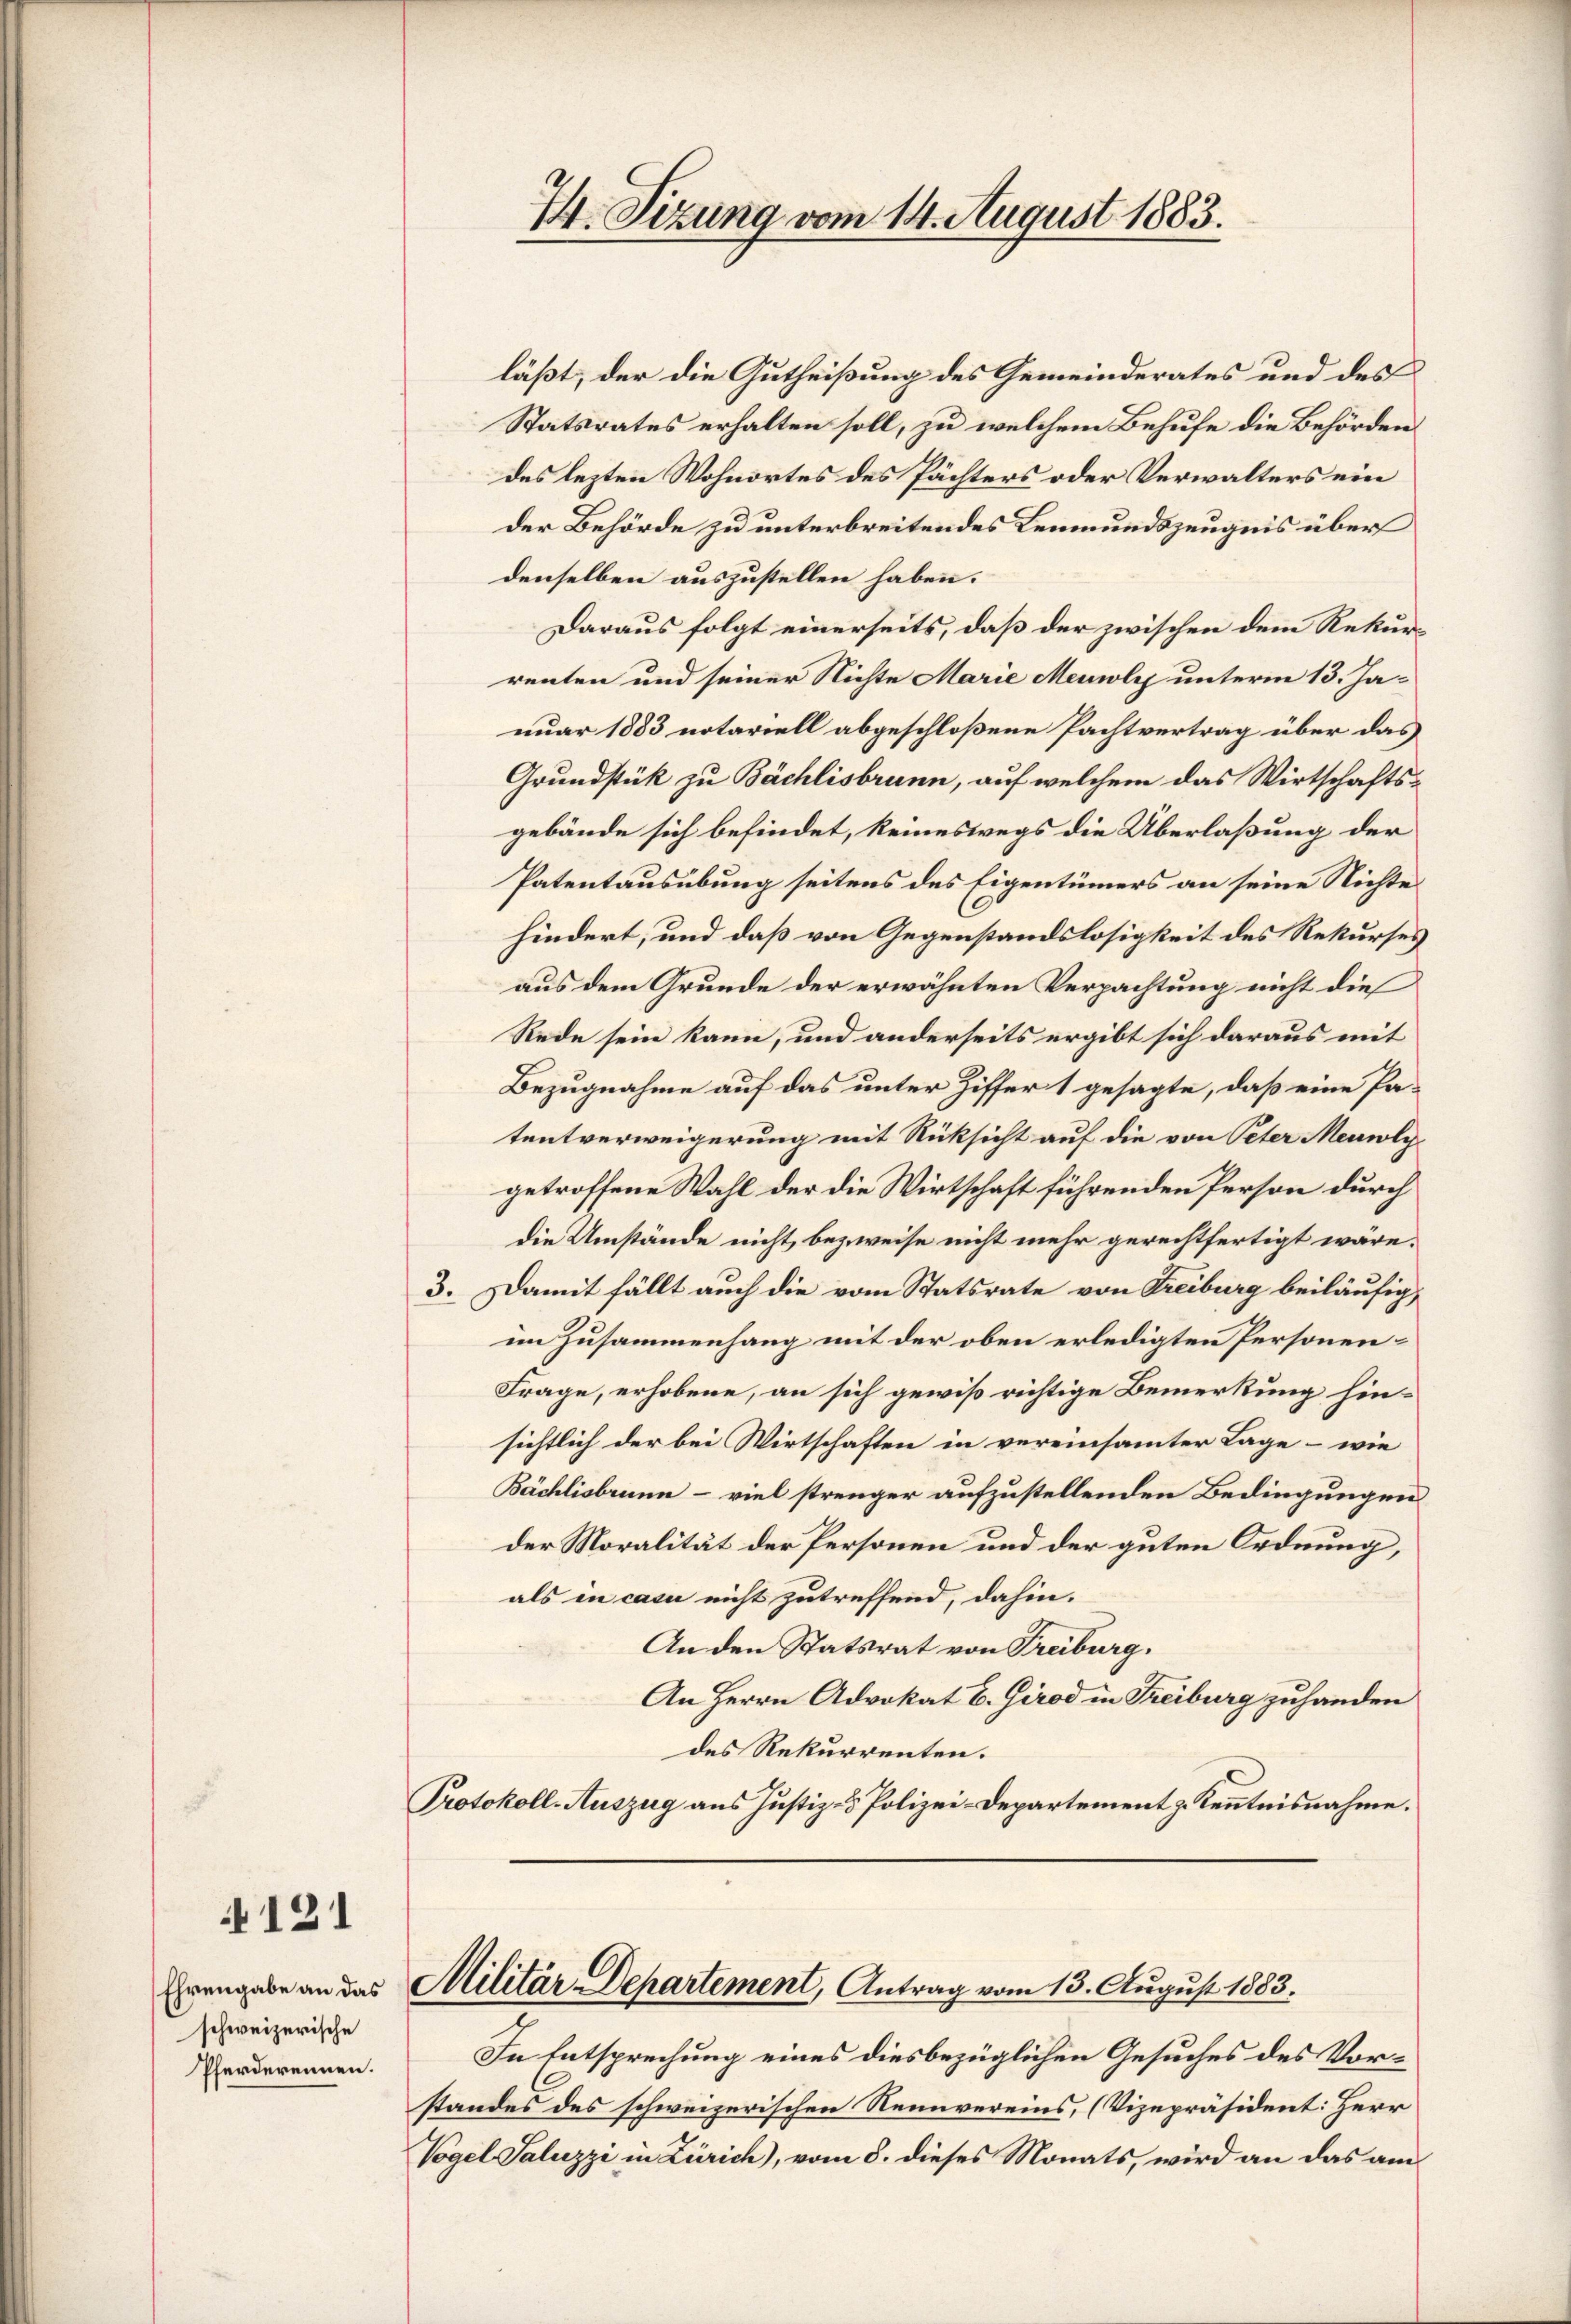
121

Ehrengabe an das
schweizerische
Pferderennen.

4. Sizung vom 14. August 1883.

läßt, der die Gutheißung des Gemeinderates und des
Statsrates erhalten soll, zu welchem Behufe die Behörden.
des lezten Wohnortes des Pächters oder Verwalters ein
der Behörde zu unterbreitendes Leumundszeugnis über
denselben auszustellen haben.
Daraus folgt einerseits, daß der zwischen dem Rekurrenten und seiner Nichte Marie Meile unterm 13. Januar 1883 notariell abgeschloßene Pachtvertrag über das
Grundstük zu Bächlisbrunn, auf welchem das Wirtschaftsgebäude sich befindet, keineswegs die Überlaßung der
Patentausübung seitens des Eigentümers an seine Nichte
hindert, und daß von Gegenstandslosigkeit des Rekurses
aus dem Grunde der erwähnten Verpachtung nicht dies
Rede sein kann, und anderseits ergibt sich daraus mit
Bezugnahme auf das unter Ziffer 1 gesagte, daß eine Patentverweigerung mit Rücksicht auf die von Peter Menwolygetroffene Wahl der die Wirtschaft führenden Person durch
die Umstände nicht, bezweise nicht mehr gerechtfertigt wäre.
3. Damit fällt auch die vom Statsrate von Freiburg beiläufig,
im Zusammenhang mit der oben erledigten Personen¬
Frage, erhobene, an sich gewiß richtige Bemerkung hinsichtlich der bei Wirtschaften in vereinsamter Lage - wie
Bächlisbrunn - viel strenger aufzustellenden Bedingungen
der Moralität der Personen und der guten Ordnung,
als in casu nicht zutreffend, dahin.
An den Statsrat von Treiburg.
An Herrn Advokat E. Girod in Freiburg zuhanden
des Rekurrenten.
Protokoll-Auszug aus Justiz- & Polizei-Departement z. Kenntnisnahme.

Militär-Departement, Antrag vom 13. August 1883.

In Entsprechung eines diesbezüglichen Gesuches des Vorstandes des schweizerischen Neunvereins, (Vizepräsident: Herr
Vogel Saluzzi in Zürich), vom 8. dieses Monats, wird an das am